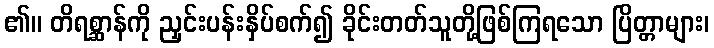
၏။ တိရစ္ဆာန်ကို ညှင်းပန်းနှိပ်စက်၍ ခိုင်းတတ်သူတို့ဖြစ်ကြရသော ပြိတ္တာများ၊